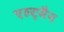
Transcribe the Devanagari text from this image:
एल्ट्मैन